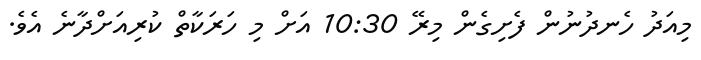
މިއަދު ހެނދުނުން ފެށިގެން މިރޭ 10:30 އަށް މި ހަރަކާތް ކުރިއަށްދާނެ އެވެ.